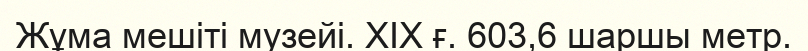
Жұма мешіті музейі. ХІХ ғ. 603,6 шаршы метр.